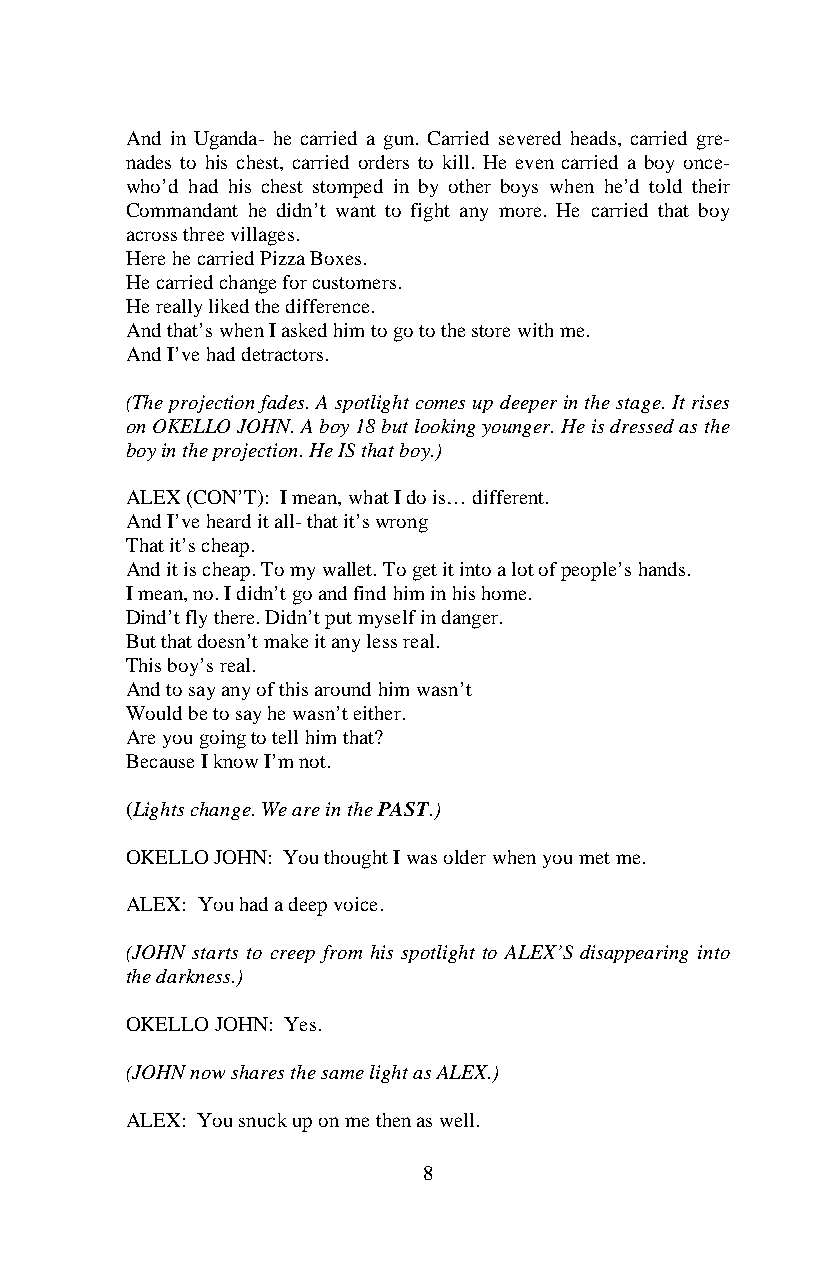
And in Uganda- he carried a gun. Carried severed heads, carried gre-
 nades to his chest, carried orders to kill. He even carried a boy once-
 who’d had his chest stomped in by other boys when he’d told their
 Commandant he didn’t want to fight any more. He carried that boy
 across three villages.
 Here he carried Pizza Boxes.
 He carried change for customers.
 He really liked the difference.
 And that’s when I asked him to go to the store with me.
 And I’ve had detractors.
 (The projection fades. A spotlight comes up deeper in the stage. It rises
 on OKELLO JOHN. A boy 18 but looking younger. He is dressed as the
 boy in the projection. He IS that boy.)
 ALEX (CON’T): I mean, what I do is… different.
 And I’ve heard it all- that it’s wrong
 That it’s cheap.
 And it is cheap. To my wallet. To get it into a lot of people’s hands.
 I mean, no. I didn’t go and find him in his home.
 Dind’t fly there. Didn’t put myself in danger.
 But that doesn’t make it any less real.
 This boy’s real.
 And to say any of this around him wasn’t
 Would be to say he wasn’t either.
 Are you going to tell him that?
 Because I know I’m not.
 (Lights change. We are in the PAST.)
 OKELLO JOHN: You thought I was older when you met me.
 ALEX: You had a deep voice.
 (JOHN starts to creep from his spotlight to ALEX’S disappearing into
 the darkness.)
 OKELLO JOHN: Yes.
 (JOHN now shares the same light as ALEX.)
 ALEX: You snuck up on me then as well.
 8